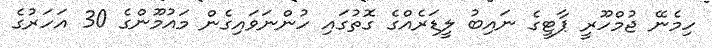
ހިމެނޭ ޖުމްހޫރީ ޕާޓީގެ ނައިބު ލީޑަރެއްގެ ގޮތުގައި ހުންނަވައިގެން މައުމޫންގެ 30 އަހަރުގެ